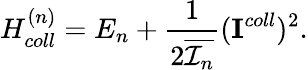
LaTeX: H_{coll}^{(n)}=E_{n}+\frac{1}{2\overline{{{{\cal I}_{n}}}}}({\mathbf I}^{coll})^{2}.